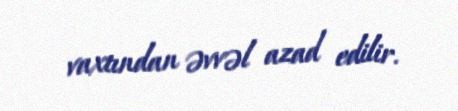
vaxtından əvvəl azad edilir.